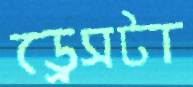
ড্রেসটা